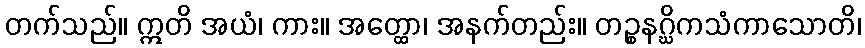
တက်သည်။ ဣတိ အယံ၊ ကား။ အတ္ထော၊ အနက်တည်း။ တဉ္စနဂ္ဃိကသံကာသောတိ၊